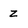
Character: Z